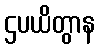
ဌပယိတွာန